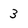
Character: 3